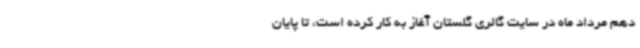
دهم مرداد ماه در سایت گالری گلستان آغاز به کار کرده است، تا پایان